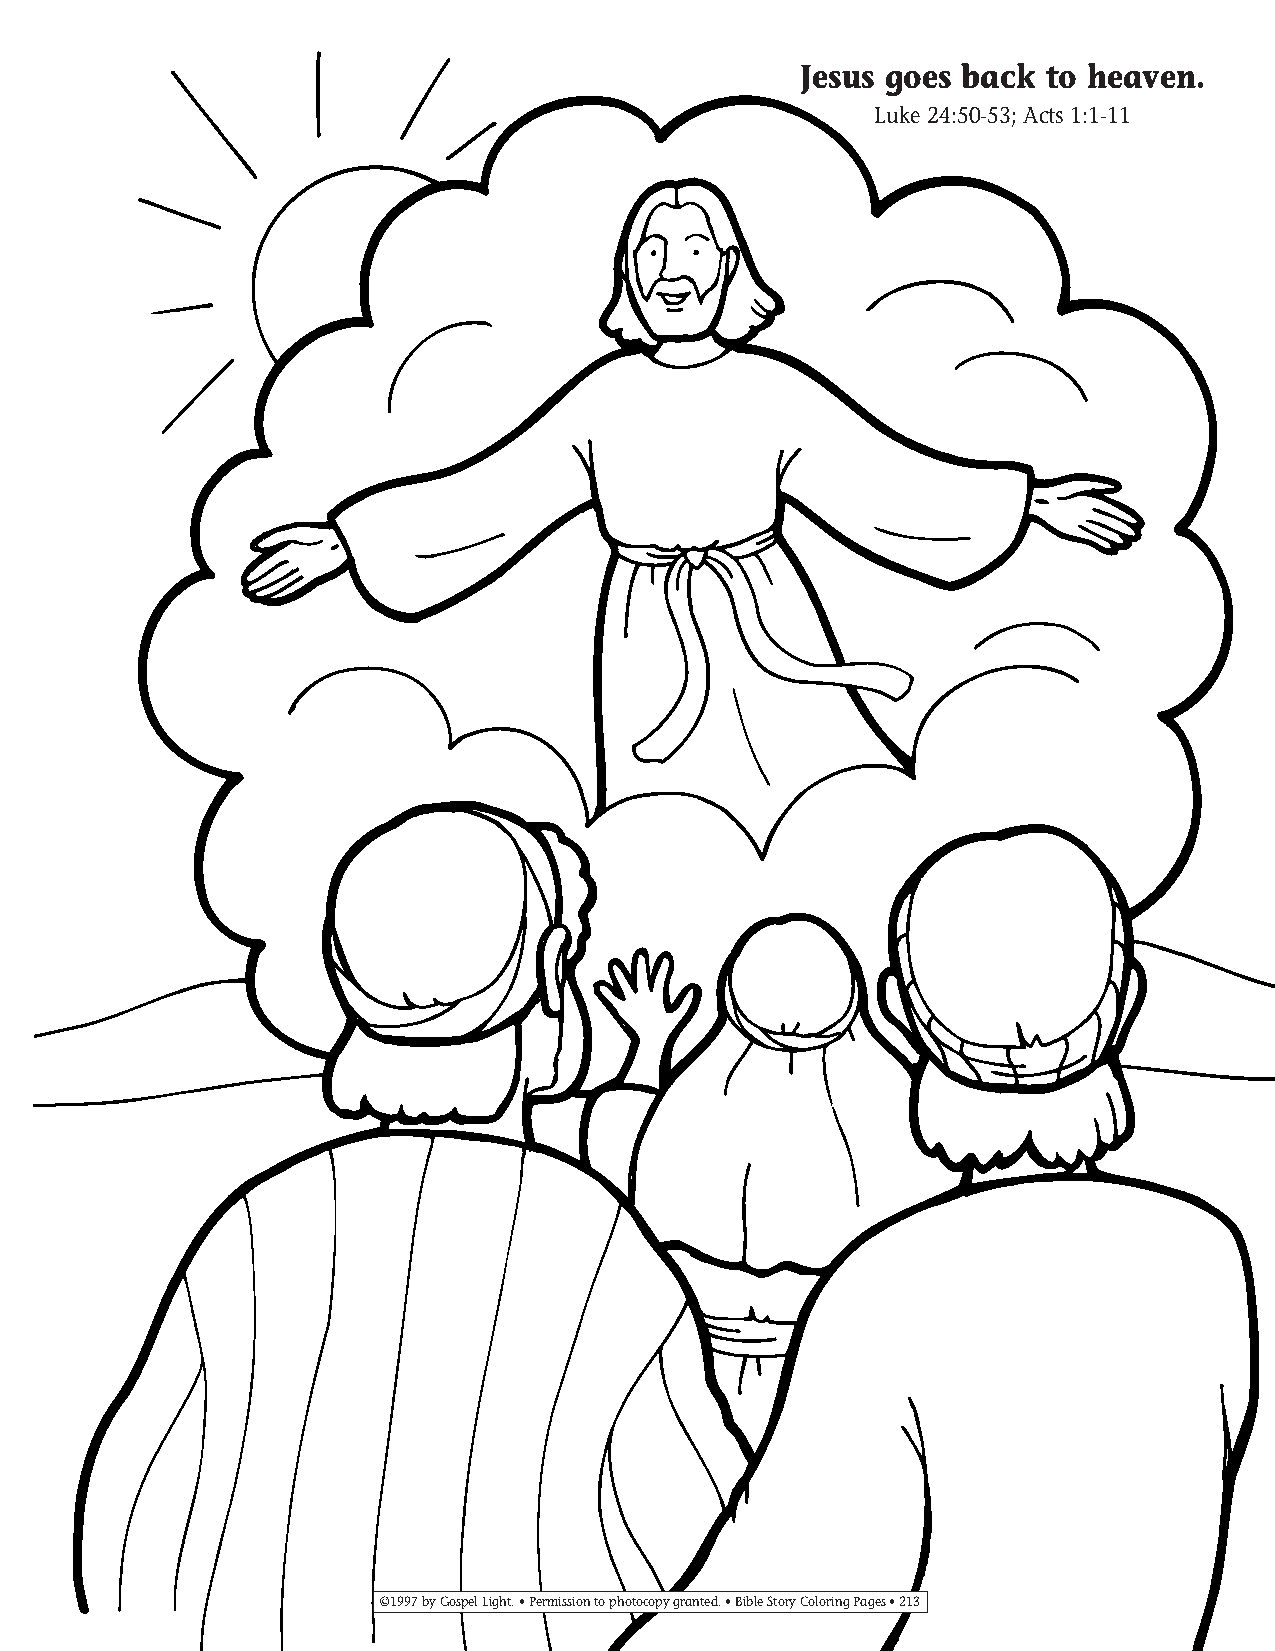
185-214 Coloring pgs_185-214 Coloring pgs 2/19/14 11:50 AM Page 213
 Jesus goes back  to heaven.
 Luke 24:50-53; Acts 1:1-11
 ©1997 by Gospel Light. • Permission to photocopy granted. • Bible Story Coloring Pages • 213